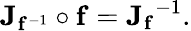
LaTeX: \mathbf{J}_{\mathbf{f}^{-1}}\circ\mathbf{f}={\mathbf{J}_{\mathbf{f}}}^{-1}.